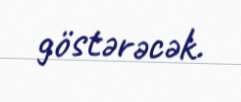
göstərəcək.